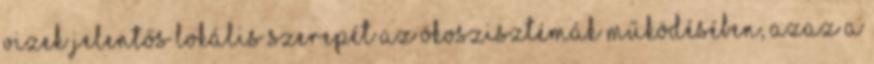
vizek jelentős lokális szerepét az ökoszisztémák működésében, azaz a